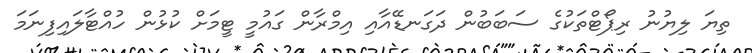
ތިޔަ ލިޔުނު ރިޕޯޓްތަކުގެ ސަބަބުން ދަގަނޑޭއާއި އިމްރާން ގައުމީ ޓީމަށް ކުޅުން ހުއްޓާލައިފިނަމަ